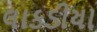
લાકડીયા